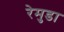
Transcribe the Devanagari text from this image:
रेमुडा